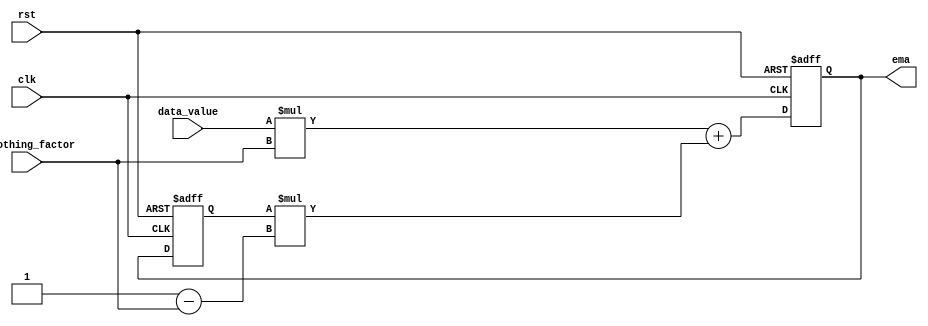
module ema_accumulator (
    input wire clk,
    input wire rst,
    input wire [15:0] data_value,
    input wire [15:0] smoothing_factor,
    output reg [15:0] ema
);

reg [15:0] previous_ema;

always @(posedge clk or posedge rst) begin
    if (rst) begin
        ema <= 16'b0; // Initialize the EMA value
        previous_ema <= 16'b0;
    end else begin
        previous_ema <= ema;
        ema <= (data_value * smoothing_factor) + (previous_ema * (16'b1 - smoothing_factor));
    end
end

endmodule